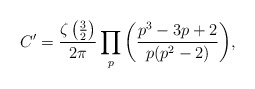
\begin{align*}C'=\dfrac{\zeta\left(\frac{3}{2}\right)}{2\pi}\prod_{p}\bigg(\dfrac{p^3-3p+2}{p(p^2-2)}\bigg),\end{align*}